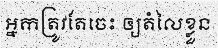
អ្នកត្រូវតែចេះ ឲ្យតំលៃខ្លួន